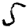
Digit: 5